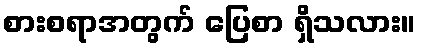
စားစရာအတွက် ပြေစာ ရှိသလား။